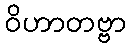
ဝိဟာတဗ္ဗာ